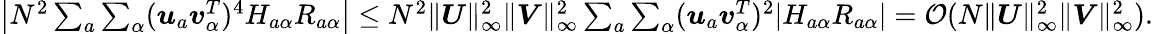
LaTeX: \begin{array}{r}{\left|N^{2}\sum_{a}\sum_{\alpha}({\boldsymbol u}_{a}{\boldsymbol v}_{\alpha}^{T})^{4}H_{a\alpha}R_{a\alpha}\right|\leq N^{2}\| {\boldsymbol U}\| _{\infty}^{2}\| {\boldsymbol V}\| _{\infty}^{2}\sum_{a}\sum_{\alpha}({\boldsymbol u}_{a}{\boldsymbol v}_{\alpha}^{T})^{2}|H_{a\alpha}R_{a\alpha}|={\mathcal O}(N\| {\boldsymbol U}\| _{\infty}^{2}\| {\boldsymbol V}\| _{\infty}^{2}).}\end{array}